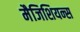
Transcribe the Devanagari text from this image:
मैजिशियन्स